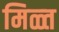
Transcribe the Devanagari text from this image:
मिळ्त